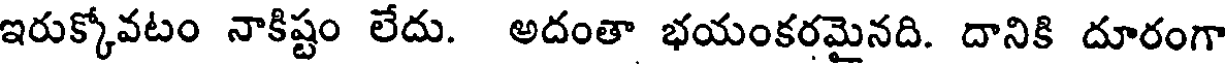
ఇరుక్కోవటం నాకిష్టం లేదు. అదంతా భయంకరమైనది. దానికి దూరంగా